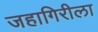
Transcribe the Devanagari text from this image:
जहागिरीला